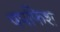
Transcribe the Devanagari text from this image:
पपफिश